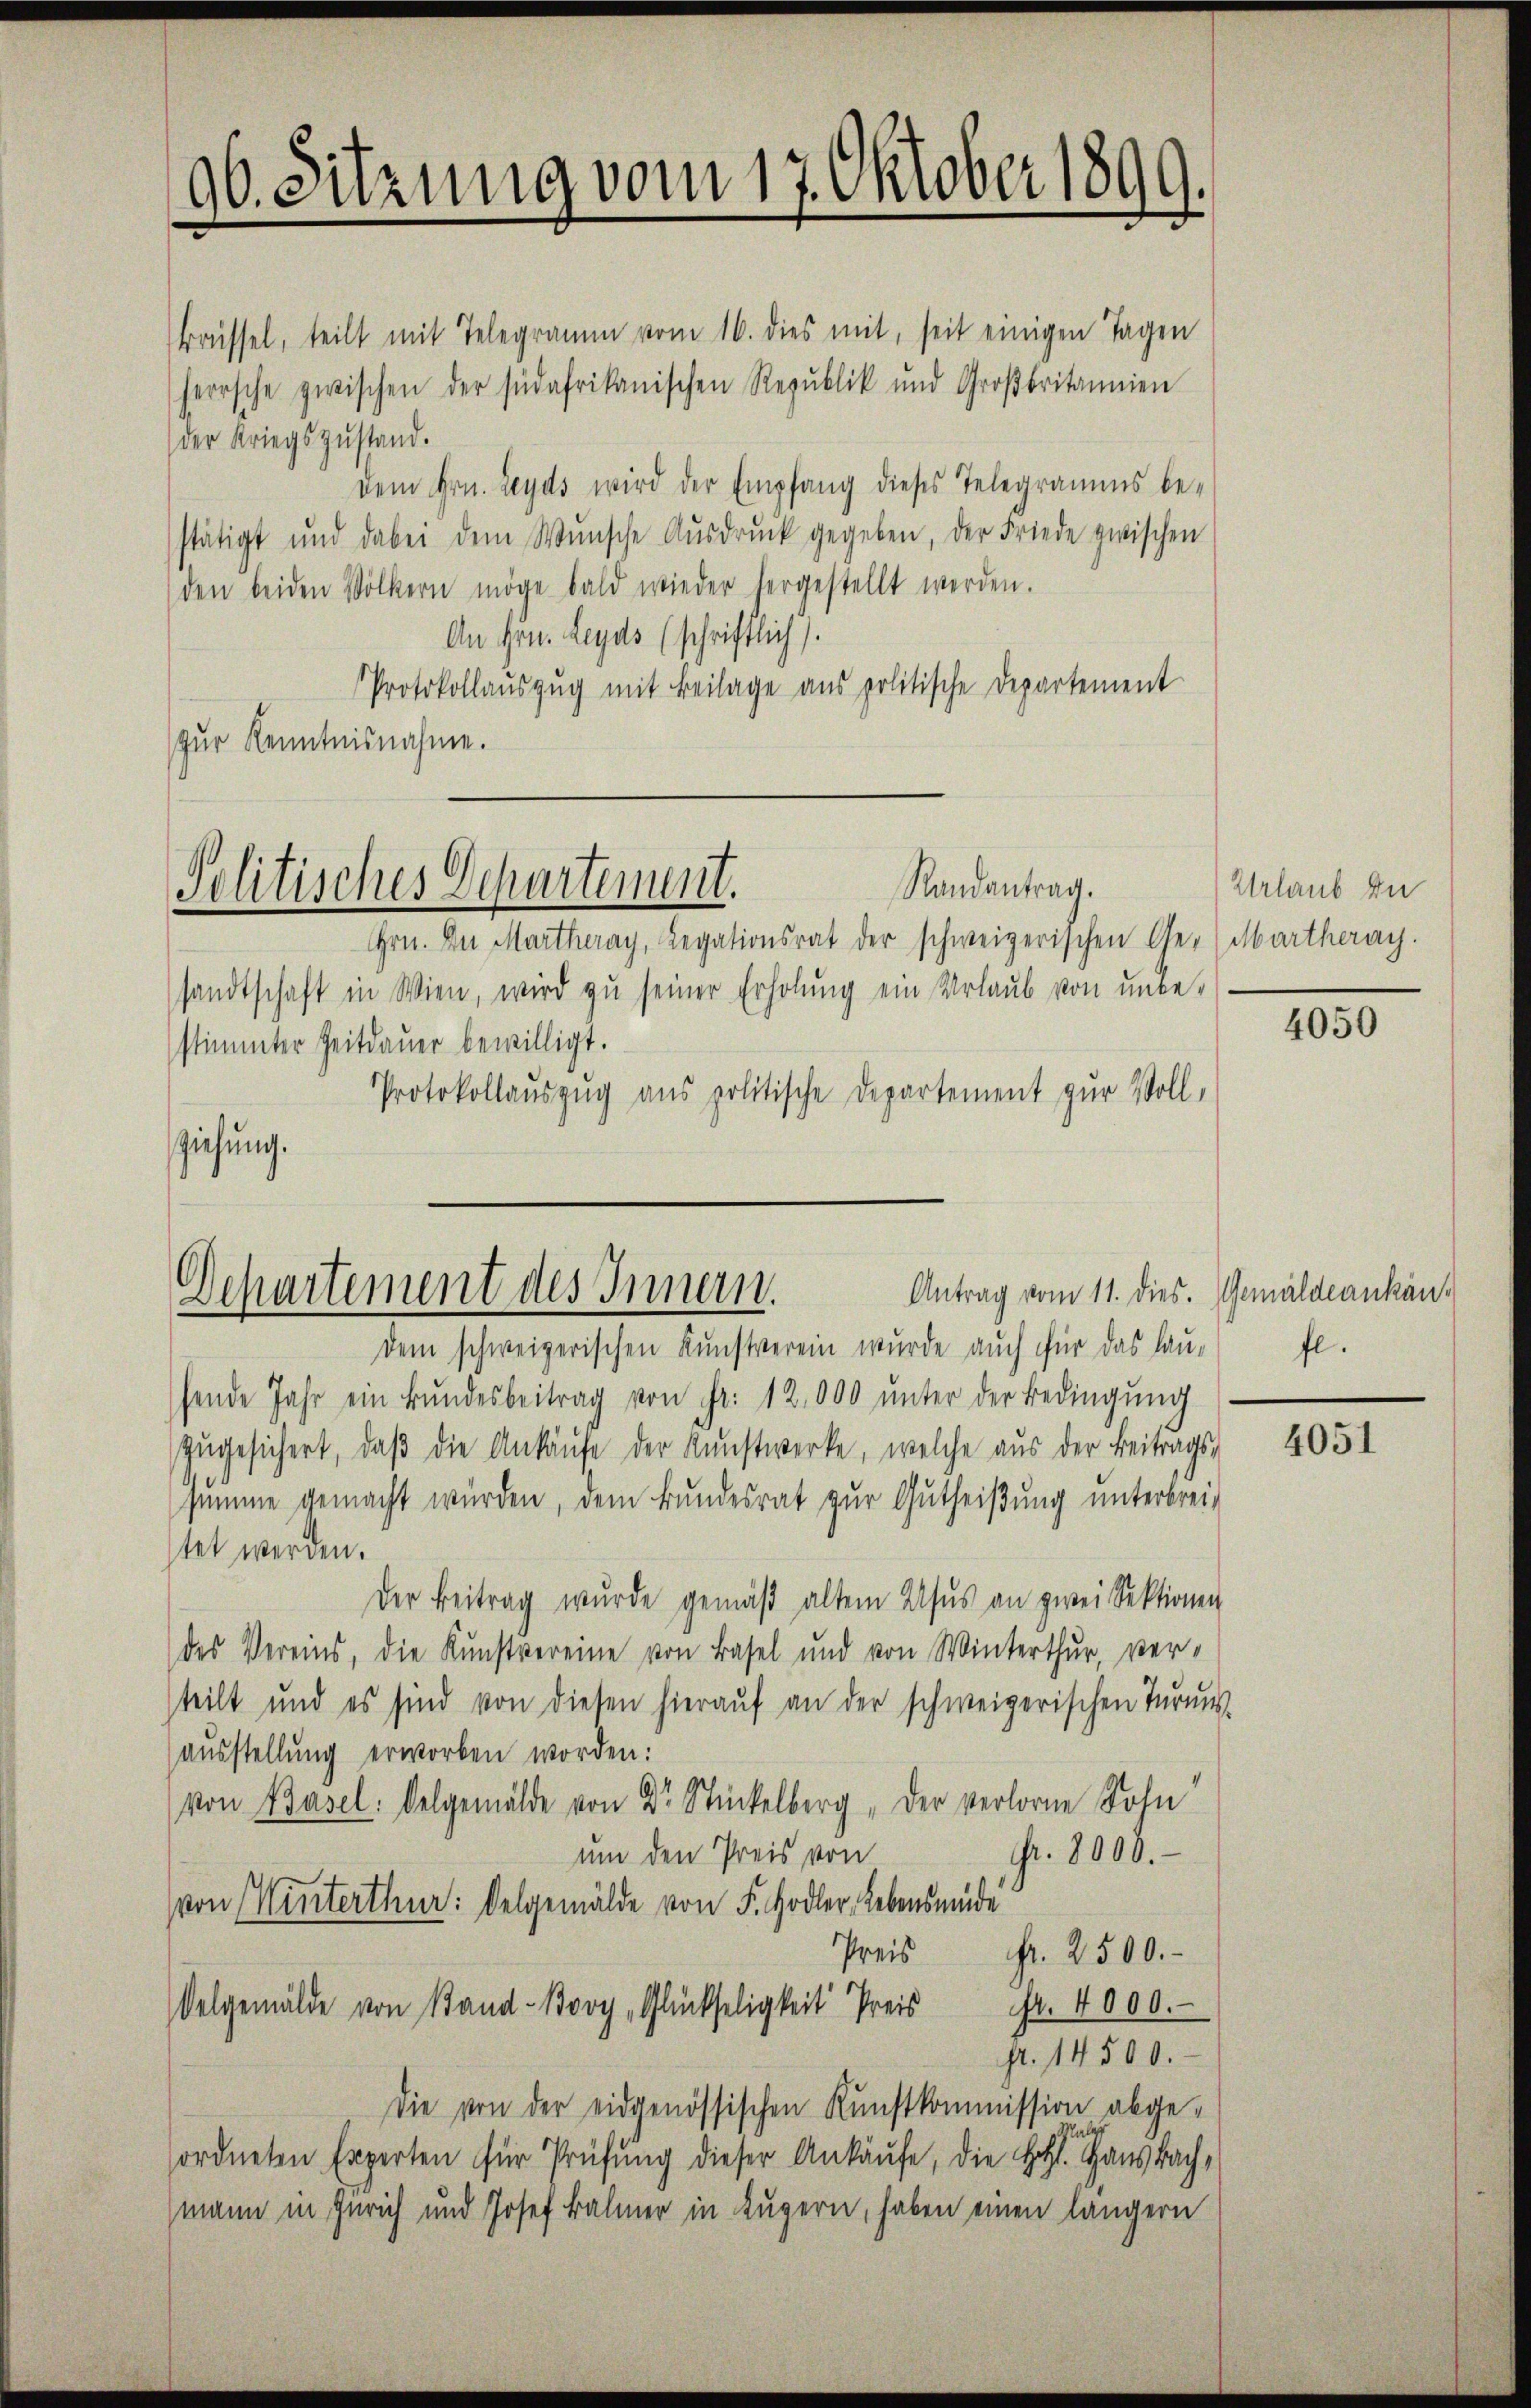
96. Sitzung vom 17. Oktober 1899.

Brüssel, teilt mit Telegramm vom 16. dies mit, seit einigen Tagen
herrsche zwischen der südafrikanischen Republik und Großbritannien
der Kriegszŭstand.
dem Hrn. Leyds wird der Empfang dieses Telegramms be-
stätigt und dabei dem Wünsche Aŭsdrŭck gegeben, der Friede zwischen
den beiden Völkern möge bald wieder hergestellt werden.
An Hrn. Leyds (schriftlich).
Protokollaŭszŭg mit Beilage aus politische Departement
(zur Kenntnisnahme.
Randantrag.
Politisches Departement.
Grn. An Martheray, Legationsrat der schweizerischen Ge- (Martheray.
sandtschaft in Wien, wird zu seiner Erholung ein Urlaub von unbe-
stimmter Zeitdauer bewilligt.
Protokollauszug aus politische Departement zur Voll-
ziehung.

Antrag vom 11. dies. Gemäldeankän¬
Dchartement des Innern.

dem schweizerischen Kunstverein wurde auch für das Lau-
hende Jahr ein Bŭndesbeitrag von Fr. 12,000 unter der Bedingŭng
zugesichert, daβ die Ankäufe der Kunstwerke, welche aus der Beitrags-
summe gemacht würden, dem Bundesrat zur Gutheißung unterbrei-
stet werden.
Der Beitrag wurde gemäβ altem Asŭs an zwei Sektionen
des Vereins, die Kunstvereine von Basel und von Winterthur, ver-
steilt und es sind von diesen hieraŭf an der schweizerischen Tŭrne-
ausstellung erworben worden:
von Basel: Oelgemälde von Dr Stückelberg „Der verlorne Sohn
Fr. 8000.
um den Preis von
von Winterthur: Delgemälde von F. Hodler, Lebensmüde
Preis Fr. 2500.
Fr. 4000.
Delgemälde von Stand-Bovy „Glückseligkeit Preis
pt. 14500.
Die von der eidgenössischen Kunstkommission abge-
sordneten Experten für Prüfung dieser Ankäufe, die Holz aus Bachmann in Zürich und Josef Balmer in Luzern, haben einen längern

Urlaub de

4050

fl.

4051